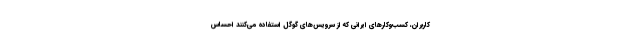
کاربران، کسب‌وکارهای ایرانی که از سرویس‌های گوگل استفاده می‌کنند احساس